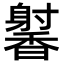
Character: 𬳢